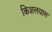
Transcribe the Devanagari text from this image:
किशलयाम